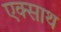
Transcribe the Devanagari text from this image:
एक्साथ